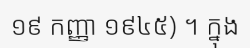
១៩ កញ្ញា ១៩៤៥) ។ ក្នុង